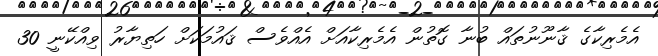
އެމެރިކާގެ ޤާނޫނުތައް ބުނާ ގޮތުން އެމެރިކާއަށް އެއްވެސް ޤައުމަކަށް ހަތިޔާރު ވިއްކޭނީ 30